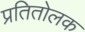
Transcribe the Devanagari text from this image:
प्रतितोलक